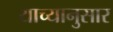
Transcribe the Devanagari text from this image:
याच्यानुसार